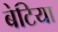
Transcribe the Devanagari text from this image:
बेटिया